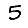
Digit: 5